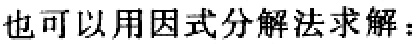
也可以用因式分解法求解：